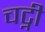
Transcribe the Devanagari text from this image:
चट्नी